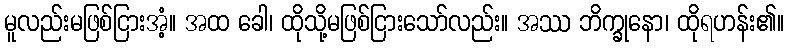
မူလည်းမဖြစ်ငြားအံ့။ အထ ခေါ၊ ထိုသို့မဖြစ်ငြားသော်လည်း။ အဿ ဘိက္ခုနော၊ ထိုရဟန်း၏။